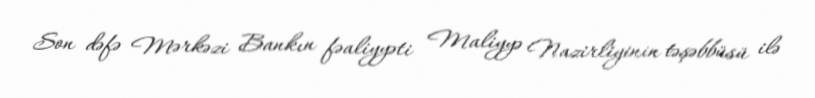
Son dəfə Mərkəzi Bankın fəaliyyəti Maliyyə Nazirliyinin təşəbbüsü ilə